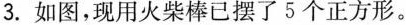
3.如图，现用火柴棒已摆了5个正方形。